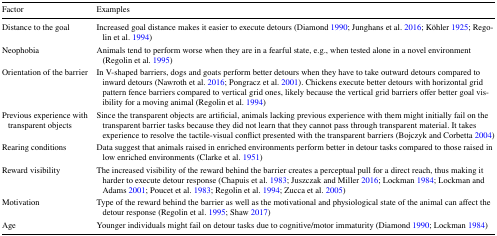
<table><thead><tr><td><b>Factor</b></td><td><b>Examples</b></td></tr></thead><tbody><tr><td>Distance to the goal</td><td>Increased goal distance makes it easier to execute detours (Diamond 1990; Junghans et al. 2016; Köhler 1925; Regolin et al. 1994)</td></tr><tr><td>Neophobia</td><td>Animals tend to perform worse when they are in a fearful state, e.g., when tested alone in a novel environment (Regolin et al. 1995)</td></tr><tr><td>Orientation of the barrier</td><td>In V-shaped barriers, dogs and goats perform better detours when they have to take outward detours compared to inward detours (Nawroth et al. 2016; Pongracz et al. 2001). Chickens execute better detours with horizontal grid pattern fence barriers compared to vertical grid ones, likely because the vertical grid barriers offer better goal visibility for a moving animal (Regolin et al. 1994)</td></tr><tr><td>Previous experience with transparent objects</td><td>Since the transparent objects are artificial, animals lacking previous experience with them might initially fail on the transparent barrier tasks because they did not learn that they cannot pass through transparent material. It takes experience to resolve the tactile-visual conflict presented with the transparent barriers (Bojczyk and Corbetta 2004)</td></tr><tr><td>Rearing conditions</td><td>Data suggest that animals raised in enriched environments perform better in detour tasks compared to those raised in low enriched environments (Clarke et al. 1951)</td></tr><tr><td>Reward visibility</td><td>The increased visibility of the reward behind the barrier creates a perceptual pull for a direct reach, thus making it harder to execute detour response (Chapuis et al. 1983; Juszczak and Miller 2016; Lockman 1984; Lockman and Adams 2001; Poucet et al. 1983; Regolin et al. 1994; Zucca et al. 2005)</td></tr><tr><td>Motivation</td><td>Type of the reward behind the barrier as well as the motivational and physiological state of the animal can affect the detour response (Regolin et al. 1995; Shaw 2017)</td></tr><tr><td>Age</td><td>Younger individuals might fail on detour tasks due to cognitive/motor immaturity (Diamond 1990; Lockman 1984)</td></tr></tbody></table>